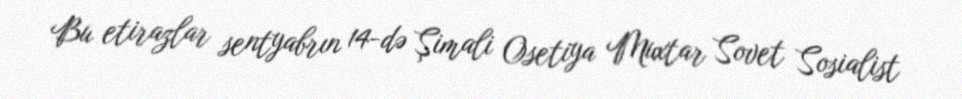
Bu etirazlar sentyabrın 14-də Şimali Osetiya Muxtar Sovet Sosialist